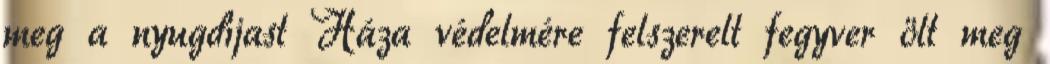
meg a nyugdíjast Háza védelmére felszerelt fegyver ölt meg